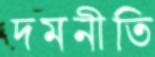
দমনীতি